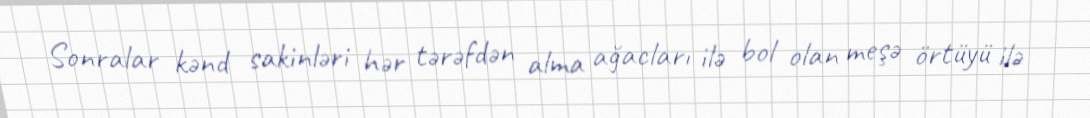
Sonralar kənd sakinləri hər tərəfdən alma ağacları ilə bol olan meşə örtüyü ilə